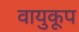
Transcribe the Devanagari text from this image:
वायुकूप